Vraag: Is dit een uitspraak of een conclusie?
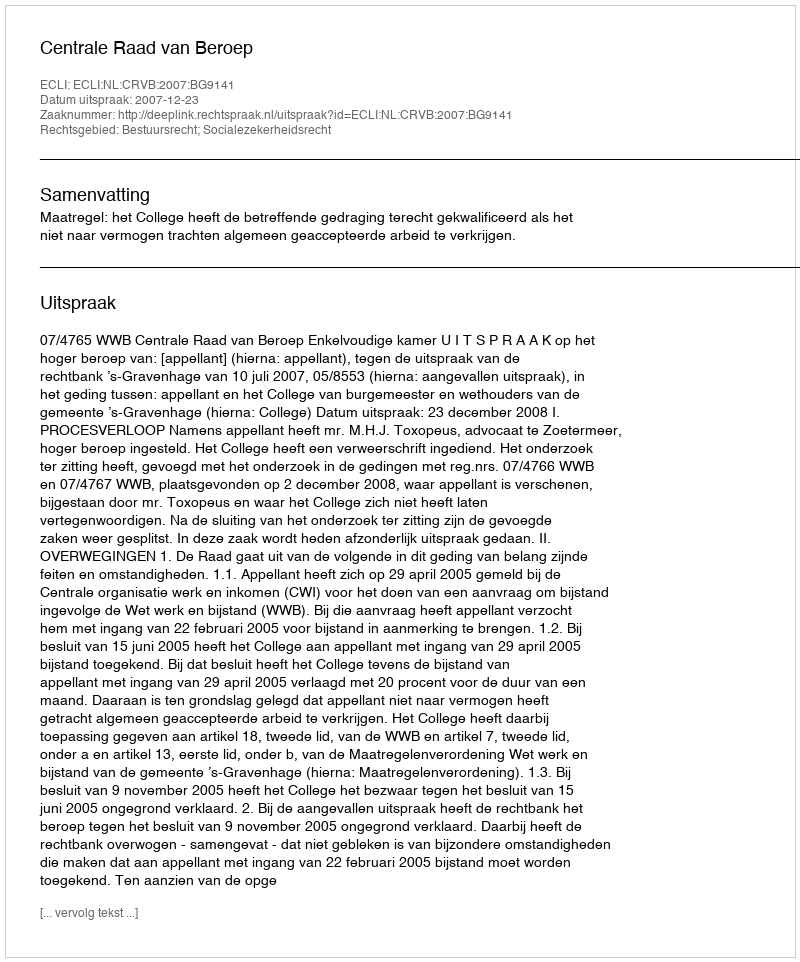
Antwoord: Uitspraak